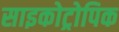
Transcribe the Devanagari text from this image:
साइकोट्रोपिक